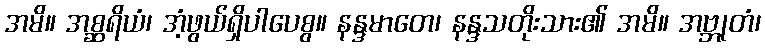
အမိ။ အစ္ဆရိယံ၊ အံ့ဖွယ်ရှိပါပေစွ။ နန္ဒမာတေ၊ နန္ဒသတိုးသား၏ အမိ။ အဗ္ဘုတံ၊